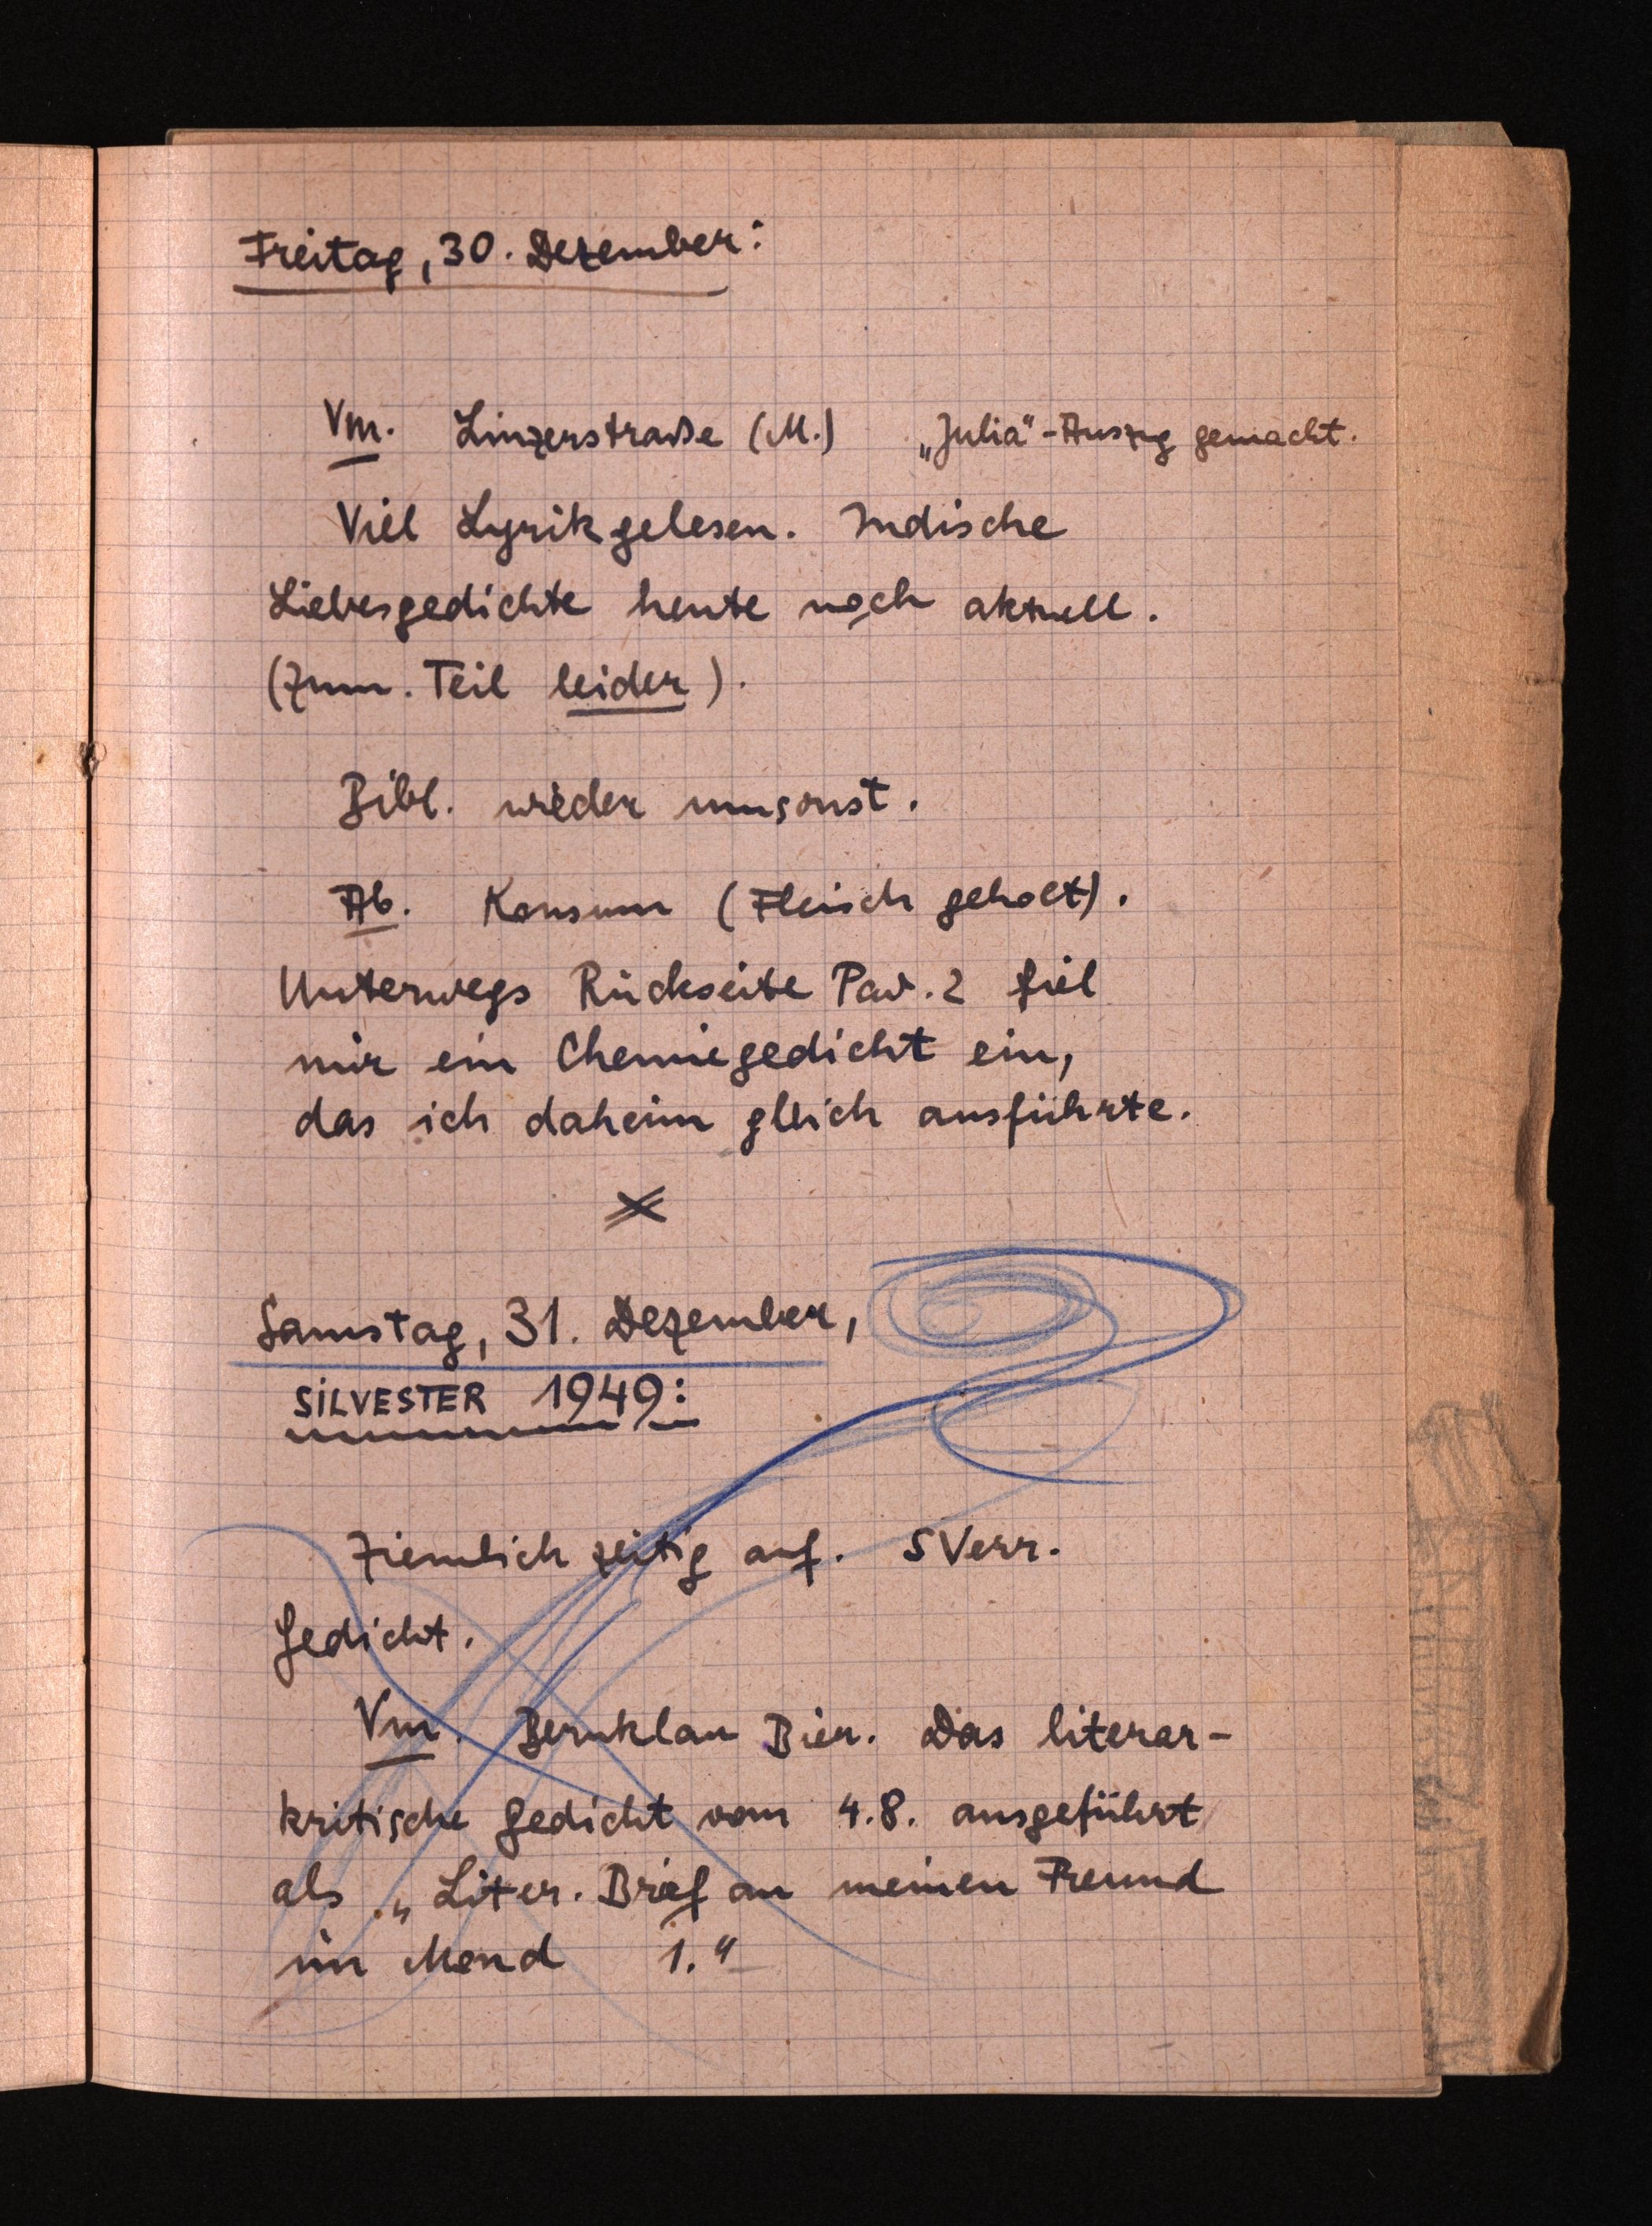
Freitag, 30. Dezember:
Vm. Linzerstraße (M.) "Julia"-Auszig gemacht.
Viel Lyrikgelesen. Indische
Liebesgedichte heute noch aktuell.
(Zum. Teil leider).
Bibl. wieder umsonst.
Ab. Konsum (Fleisch geholt).
Unterwegs Rückseibe Pav. 2 fiel
nur ein Chennegedicht ein,
das ich daheim gllich ausführte.
Samstag, 31. Dezembere,
SIIEETEZ 1949:
Ziemlich zeitig auf. SVerr.
Gedicht.
Vm Bernklau Bien. Das literar¬
kritische Gedicht vom 4.8. ausgeführt.
als 1 Liter. Bref an meinen Freund
im Mend 1.4